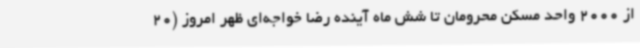
از 2000 واحد مسکن محرومان تا شش ماه آینده رضا خواجه‌ای ظهر امروز (20